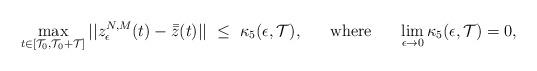
LaTeX: \begin{align*}\max_{t\in [\mathcal{T}_0 , \mathcal{T}_0 + \mathcal{T}]}||z_{\epsilon}^{N,M}(t) - \bar{\bar{z}}(t)||\ \leq \ \kappa_5 (\epsilon , \mathcal{T}), \ \ \ \ \ {\rm where} \ \ \ \ \ \lim_{\epsilon\rightarrow 0}\kappa_5(\epsilon , \mathcal{T}) = 0,\end{align*}